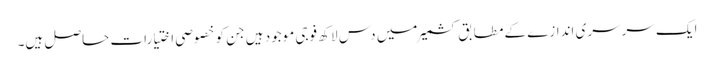
ایک سرسری اندازے کے مطابق کشمیر میں دس لاکھ فوجی موجود ہیں جن کو خصوصی اختیارات حاصل ہیں۔